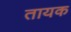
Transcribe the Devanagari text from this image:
तायक